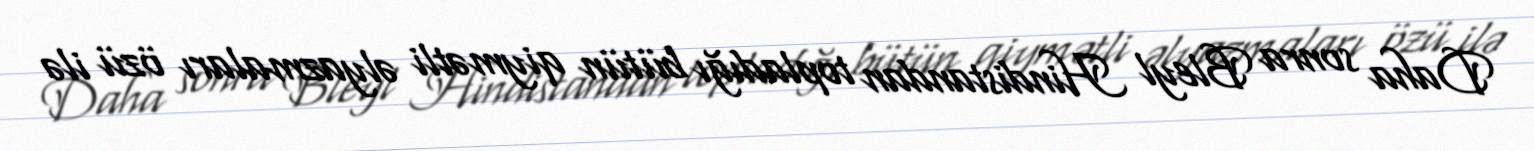
Daha sonra Bleyl Hindistandan topladığı bütün qiymətli əlyazmaları özü ilə